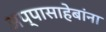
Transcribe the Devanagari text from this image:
अप्पासाहेबांना